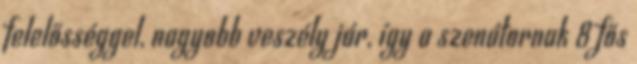
felelősséggel, nagyobb veszély jár, így a szenátornak 8 fős